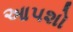
આપશો